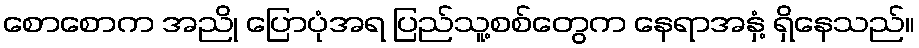
စောစောက အညို ပြောပုံအရ ပြည်သူ့စစ်တွေက နေရာအနှံ့ ရှိနေသည်။